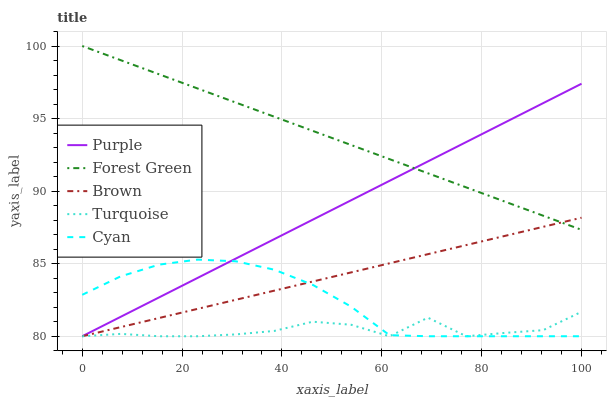
| xaxis_label | Purple | Forest Green | Brown | Turquoise | Cyan |
 | --- | --- | --- | --- | --- | --- |
 | 0 | 80 | 100 | 80 | 80 | 82.9 |
 | 7.69 | 81.3 | 99 | 80.6 | 80.2 | 84.1 |
 | 15.4 | 82.7 | 98.1 | 81.3 | 80 | 84.9 |
 | 23.1 | 84 | 97.1 | 81.9 | 80 | 85.3 |
 | 30.8 | 85.4 | 96.1 | 82.5 | 80.1 | 85.2 |
 | 38.5 | 86.7 | 95.1 | 83.1 | 80.4 | 84.6 |
 | 46.2 | 88 | 94.2 | 83.8 | 81 | 83.5 |
 | 53.8 | 89.4 | 93.2 | 84.4 | 80.8 | 82 |
 | 61.5 | 90.7 | 92.2 | 85 | 80 | 80.1 |
 | 69.2 | 92 | 91.2 | 85.7 | 81.3 | 80 |
 | 76.9 | 93.4 | 90.3 | 86.3 | 80 | 80 |
 | 84.6 | 94.7 | 89.3 | 86.9 | 80.2 | 80 |
 | 92.3 | 96.1 | 88.3 | 87.5 | 80.4 | 80 |
 | 100 | 97.4 | 87.3 | 88.2 | 81.7 | 80 |